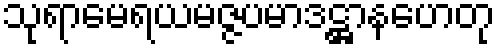
သုရာမေရယမဇ္ဇပမာဒဋ္ဌာနဟေတု